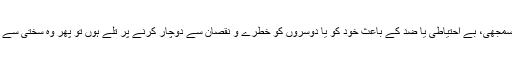
تاہم بچے اگر اپنی ناسمجھی، بے احتیاطی یا ضد کے باعث خود کو یا دوسروں کو خطرے و نقصان سے دوچار کرنے پر تلے ہوں تو پھر وہ سختی سے بھی روک لیتے ہیں۔